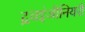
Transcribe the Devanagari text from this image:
द्रवइंजीनियरी